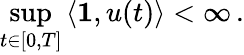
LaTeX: \operatorname*{sup}_{t\in[0,T]}\left\langle\mathbf{1},u(t)\right\rangle<\infty\, .